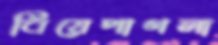
বিয়েপাগলা